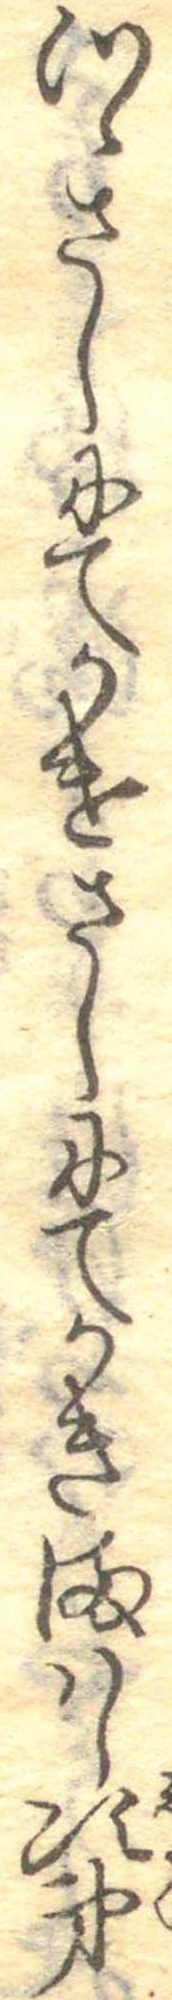
つゝさしにてかけさしにてかきまはし次第